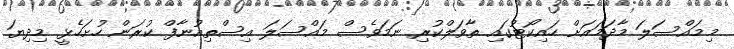
މިމައްސަލަ މާދަމައަށް ހައިކޯޓުގައި ތާވަލްކުރި ނަމަވެސް މައްސަލަ އިސްތިއުނާފް ކުރަން ހުށަހެޅީ މިދިޔަ